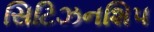
સિટિઝનશિપ